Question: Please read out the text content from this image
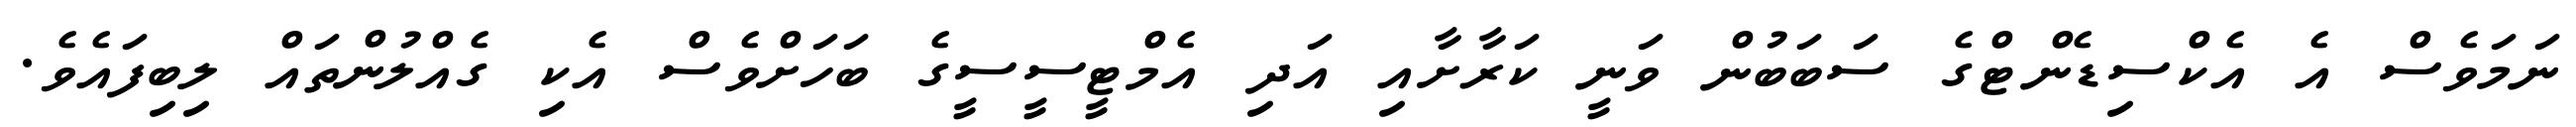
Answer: ނަމަވެސް އެ އެކްސިޑެންޓްގެ ސަބަބުން ވަނީ ކަރާށާއި އަދި އެމްޓީސީސީގެ ބަހަށްވެސް އެކި ގެއްލުންތައް ލިބިފައެވެ.